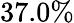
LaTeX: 37.0\%